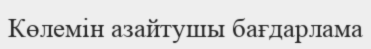
Көлемін азайтушы бағдарлама